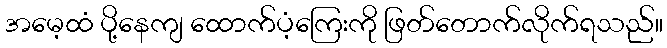
အမေ့ထံ ပို့နေကျ ထောက်ပံ့ကြေးကို ဖြတ်တောက်လိုက်ရသည်။